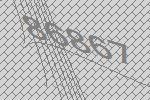
86867